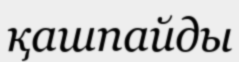
қашпайды